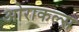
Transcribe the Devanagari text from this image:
ओराकल्स